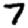
Digit: 7